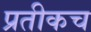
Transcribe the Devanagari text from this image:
प्रतीकच